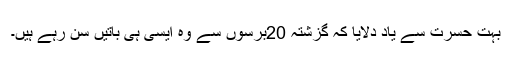
بہت حسرت سے یاد دلایا کہ گزشتہ 20برسوں سے وہ ایسی ہی باتیں سن رہے ہیں۔